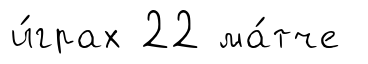
и́грах 22 ма́тче